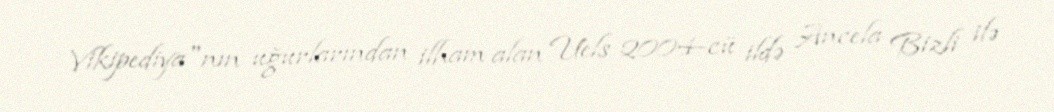
Vikipediya"nın uğurlarından ilham alan Uels 2004-cü ildə Ancela Bizli ilə